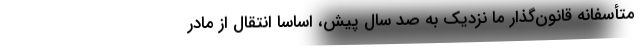
متأسفانه قانون‌گذار ما نزدیک به صد سال پیش، اساساً انتقال از مادر